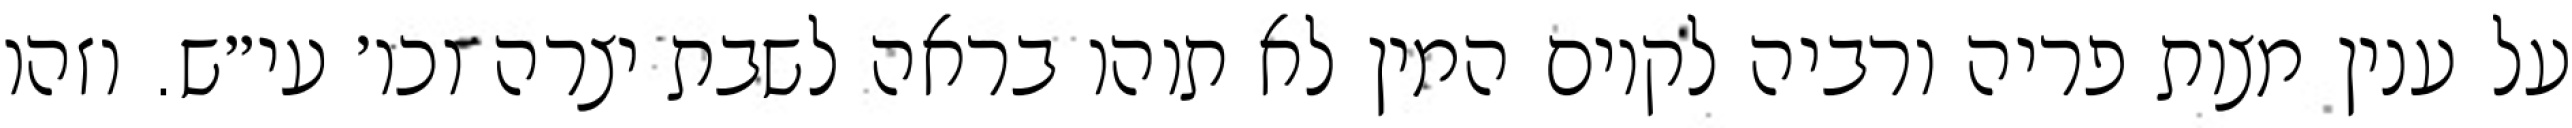
על ענין מצות פריה ורביה לקיום המין לא תוהו בראה לשבת יצרה וכו׳ עי״ש. וזהו